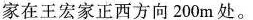
家在王宏家正西方向200m处。